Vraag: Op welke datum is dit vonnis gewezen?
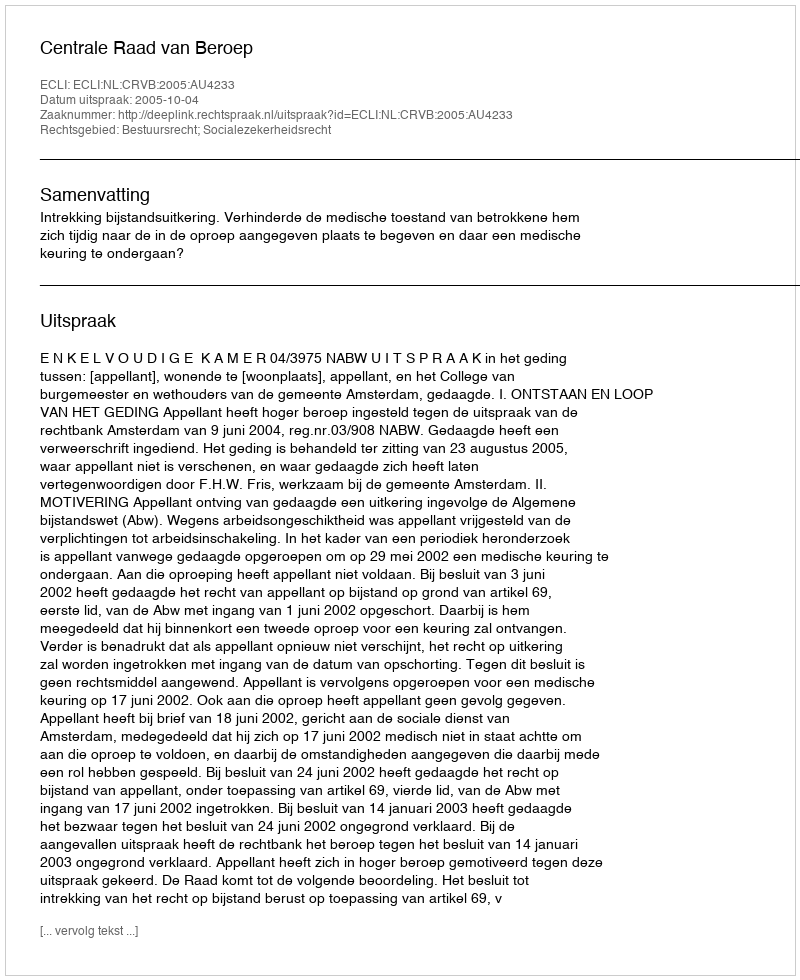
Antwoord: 2005-10-04